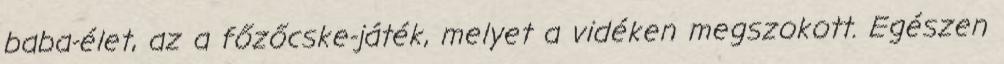
baba-élet, az a főzőcske-játék, melyet a vidéken megszokott. Egészen